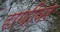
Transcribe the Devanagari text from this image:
राणींवर